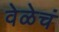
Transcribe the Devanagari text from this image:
वेळेचं